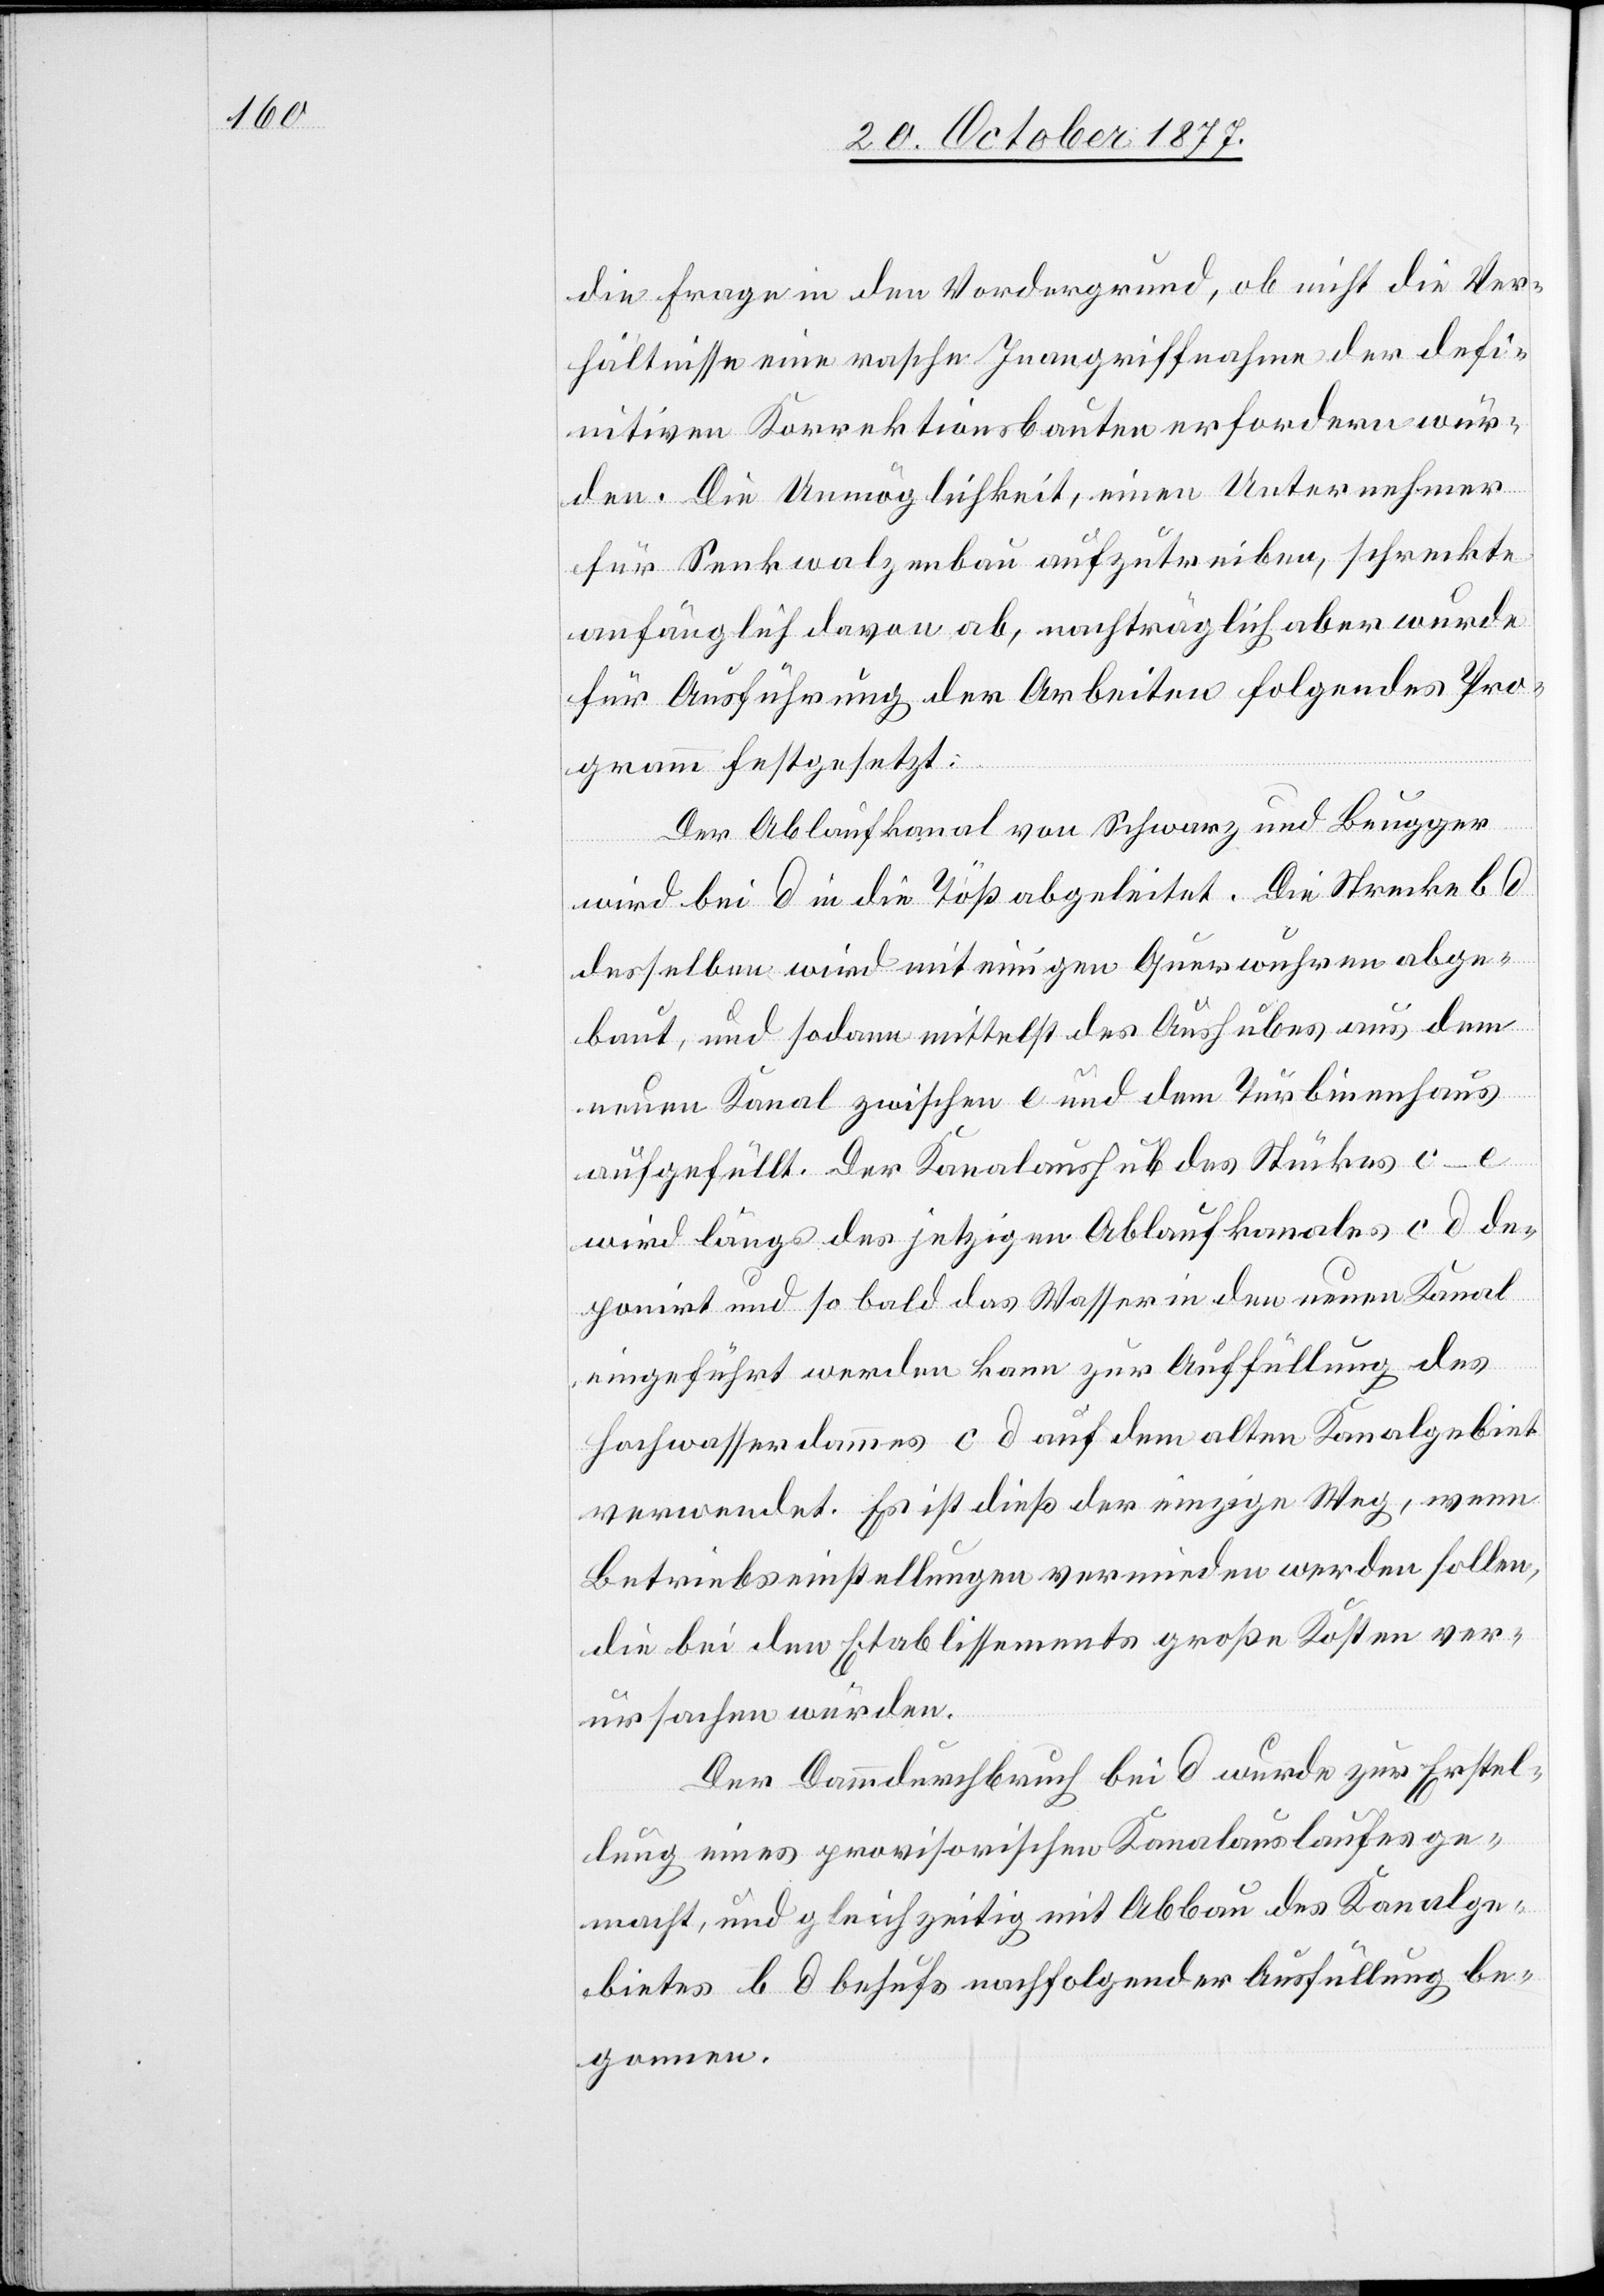
die Frage in den Vordergrund, ob nicht die Ver¬
hältnisse eine rasche Inangriffnahme der defi¬
nitiven Korrektionsbauten erfordern wür¬
den. Die Unmöglichkeit, einen Unternehmer
für Senkwalzenbau aufzutreiben, schreckte
anfänglich davon ab, nachträglich aber wurde
für Ausführung der Arbeiten folgendes Pro¬
gramm festgesetzt:
Der Ablaufkanal von Schwarz und Beugger
wird bei d in die Töß abgeleitet. Die Strecke b d
desselben wird mit einigen Querwuhren abge¬
baut, und sodann mittelst des Aushubes aus dem
neuen Kanal zwischen e und dem Turbinenhaus
aufgefüllt. Der Kanalaushub des Stückes c–e
wird längs des jetzigen Ablaufkanales c d de¬
ponirt und so bald das Wasser in den neuen Kanal
eingeführt werden kann zur Auffüllung des
Hochwasserdammes c d auf dem alten Kanalgebiet
verwendet. Es ist dieß der einzige Weg, wenn
Betriebseinstellungen vermieden werden sollen,
die bei den Etablissements große Kosten ver¬
ursachen würden.
Der Dammdurchbruch bei d wurde zur Erstel¬
lung eines provisorischen Kanalauslaufes ge¬
macht, und gleichzeitig mit Abbau des Kanalge¬
bietes b d behufs nachfolgender Ausfüllung be¬
gonnen.